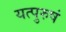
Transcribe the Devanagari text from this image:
यत्पुरुषं